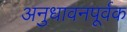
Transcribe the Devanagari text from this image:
अनुधावनपूर्वक